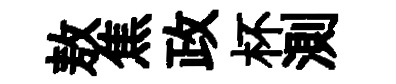
敖焦政杯測